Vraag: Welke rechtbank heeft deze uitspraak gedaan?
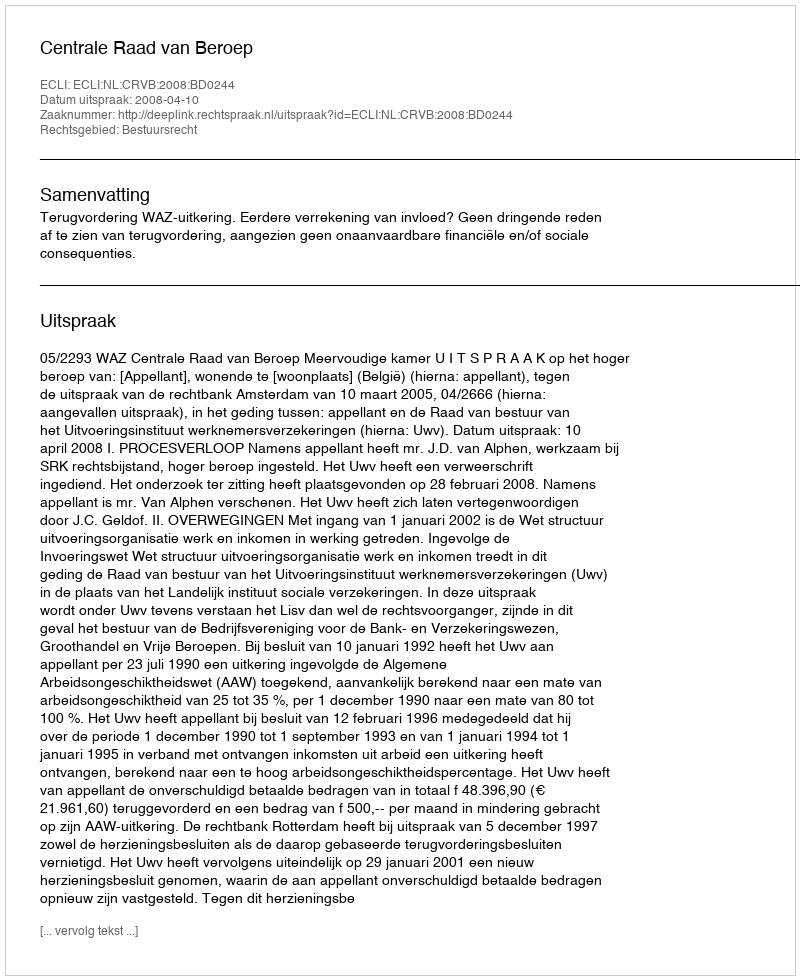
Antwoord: Centrale Raad van Beroep